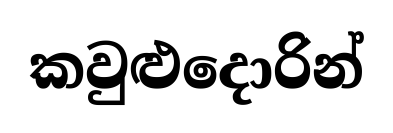
කවුළුදොරින්